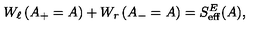
W _ { \ell } \left( A _ { + } = A \right) + W _ { r } \left( A _ { - } = A \right) = S _ { \mathrm { e f f } } ^ { E } ( A ) ,